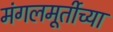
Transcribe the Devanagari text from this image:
मंगलमूर्तीच्या